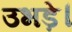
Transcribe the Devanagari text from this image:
उभड़े।